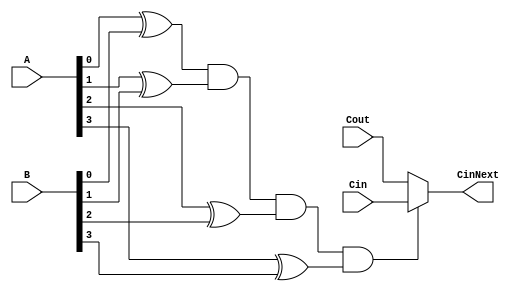
`timescale 1ns / 1ps

module SkipLogic(
						input [3:0] A, B,
						input Cin, Cout,
						output CinNext
						);
						
	wire [3:0] P;
	wire Sel;
	
	xor (P[0], A[0], B[0]);
	xor (P[1], A[1], B[1]);
	xor (P[2], A[2], B[2]);
	xor (P[3], A[3], B[3]);
	
	and (Sel, P[0], P[1], P[2], P[3]);
	
	assign CinNext = Sel ? Cin : Cout ;


endmodule